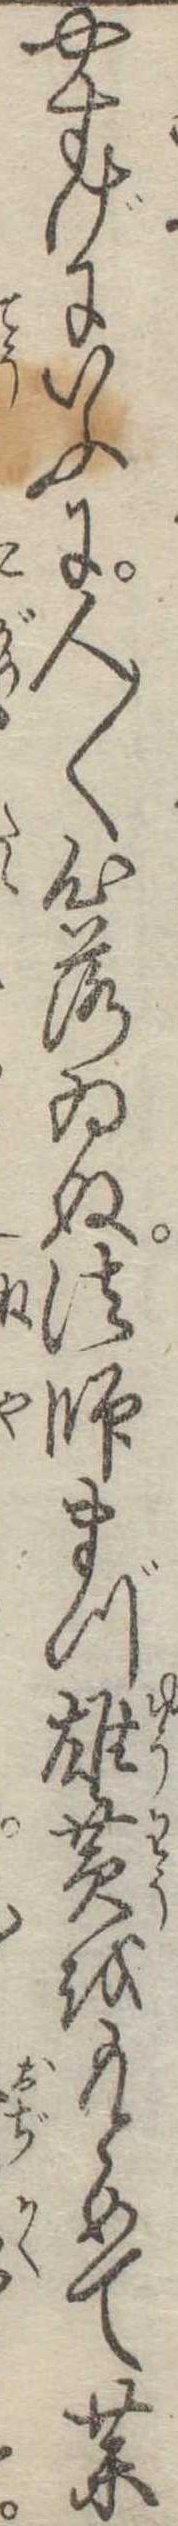
やすげにいふに人〱心落ゐぬ法師まづ雄黄をもとめて薬